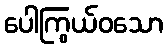
ပေါကြွယ်ဝသော